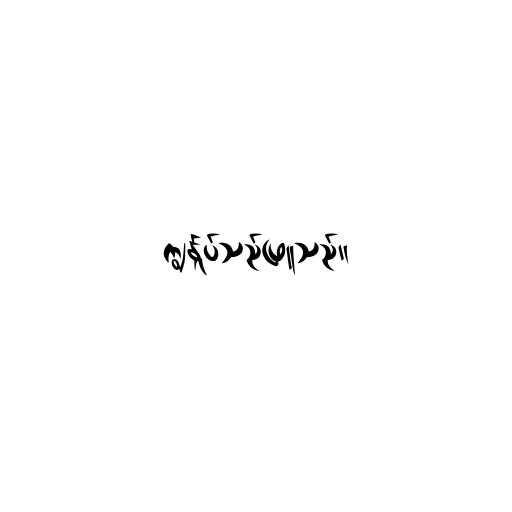
ကျွန်ုပ်သည်ဖြူသည်။